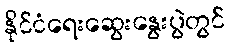
နိုင်ငံရေးဆွေးနွေးပွဲတွင်